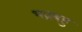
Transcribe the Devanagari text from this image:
भद्रबहु